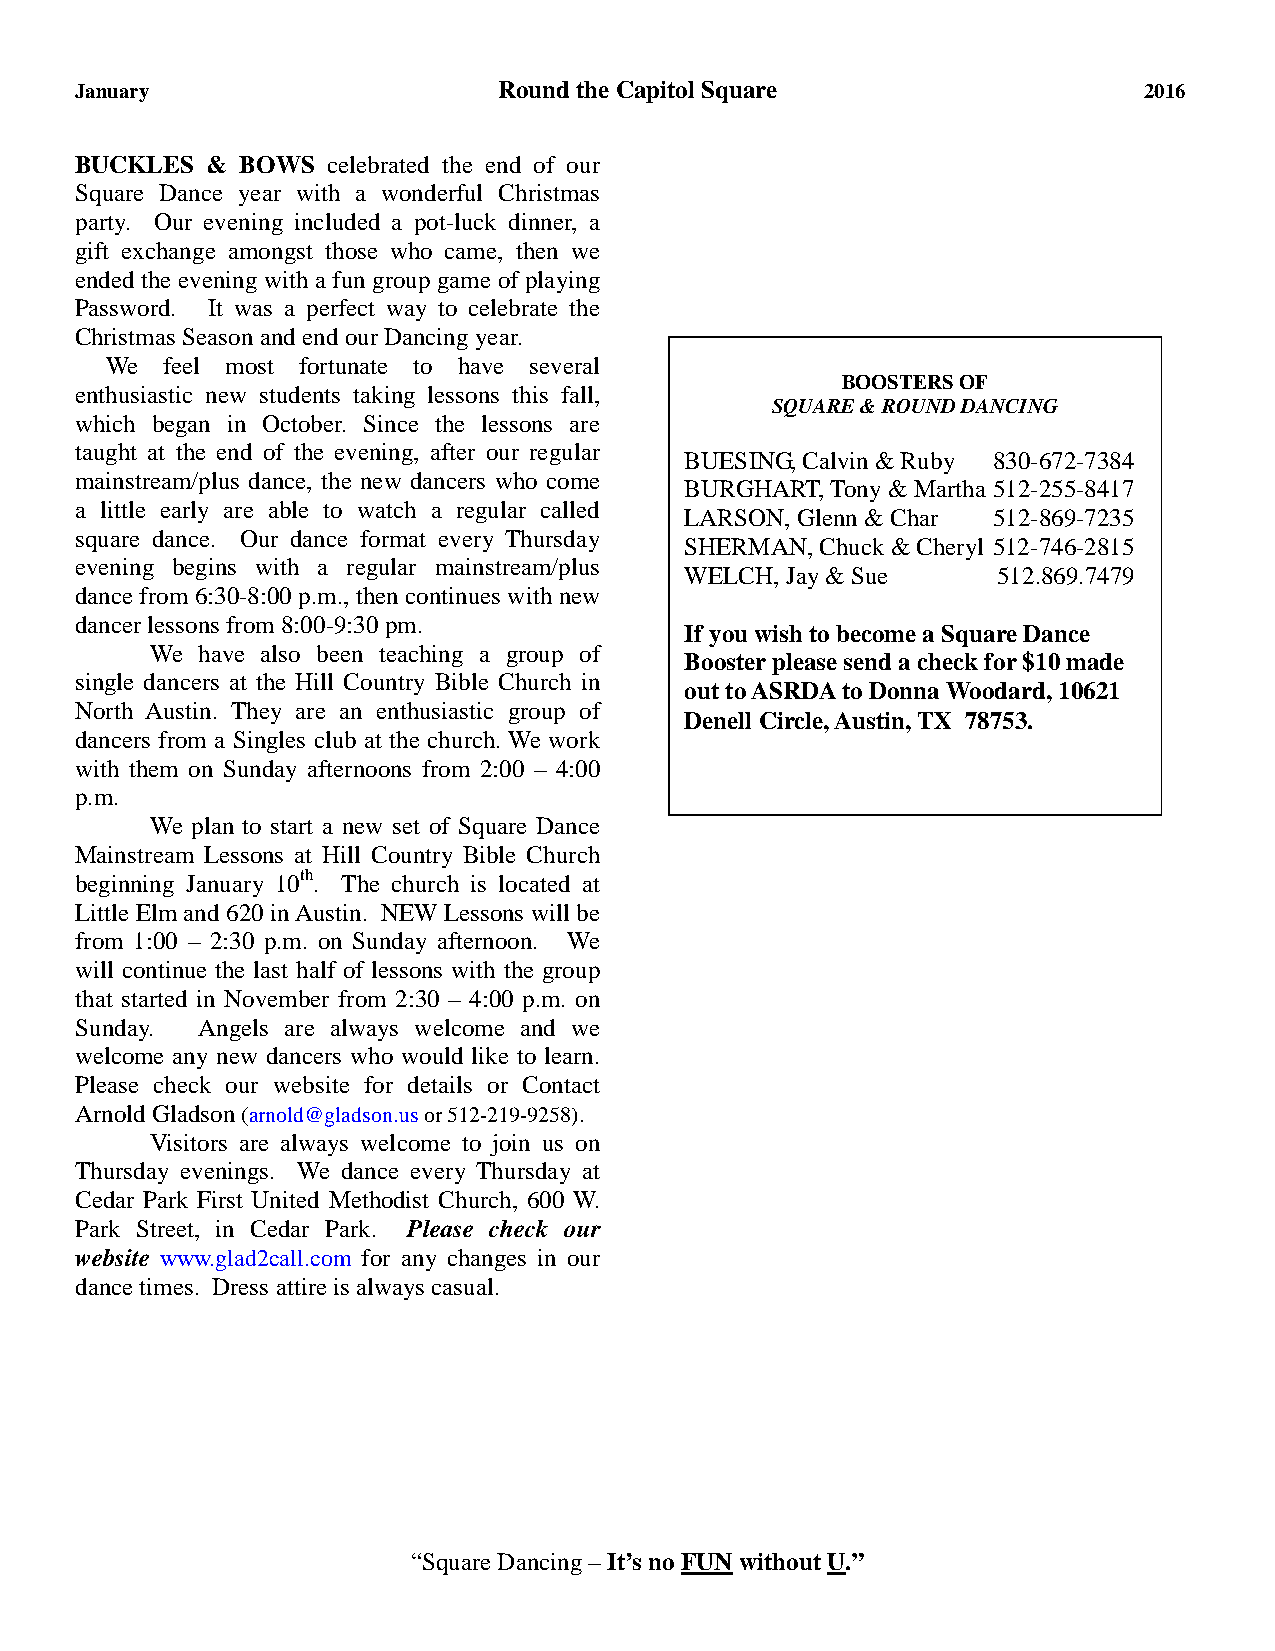
January                     Round the Capitol Square                   2016
 BUCKLES  & BOWS  celebrated the end of our
 Square Dance year with a wonderful Christmas
 party. Our evening included a pot-luck dinner, a
 gift exchange amongst those who came, then we
 ended the evening with a fun group game of playing
 Password. It was a perfect way to celebrate the
 Christmas Season and end our Dancing year.
 We  feel most fortunate to have several
 BOOSTERS OF
 enthusiastic new students taking lessons this fall,
 SQUARE & ROUND DANCING
 which began in October. Since the lessons are
 taught at the end of the evening, after our regular
 BUESING, Calvin & Ruby 830-672-7384
 mainstream/plus dance, the new dancers who come
 BURGHART, Tony & Martha 512-255-8417
 a little early are able to watch a regular called
 LARSON, Glenn & Char 512-869-7235
 square dance. Our dance format every Thursday
 SHERMAN, Chuck & Cheryl 512-746-2815
 evening begins with a regular mainstream/plus
 WELCH, Jay & Sue     512.869.7479
 dance from 6:30-8:00 p.m., then continues with new
 dancer lessons from 8:00-9:30 pm.
 If you wish to become a Square Dance
 We have also been teaching a group of
 Booster please send a check for $10 made
 single dancers at the Hill Country Bible Church in
 out to ASRDA to Donna Woodard, 10621
 North Austin. They are an enthusiastic group of
 Denell Circle, Austin, TX 78753.
 dancers from a Singles club at the church. We work
 with them on Sunday afternoons from 2:00 – 4:00
 p.m.
 We plan to start a new set of Square Dance
 Mainstream Lessons at Hill Country Bible Church
 beginning January 10th. The church is located at
 Little Elm and 620 in Austin. NEW Lessons will be
 from 1:00 – 2:30 p.m. on Sunday afternoon. We
 will continue the last half of lessons with the group
 that started in November from 2:30 – 4:00 p.m. on
 Sunday. Angels are always welcome and we
 welcome any new dancers who would like to learn.
 Please check our website for details or Contact
 Arnold Gladson (arnold@gladson.us or 512-219-9258).
 Visitors are always welcome to join us on
 Thursday evenings. We dance every Thursday at
 Cedar Park First United Methodist Church, 600 W.
 Park Street, in Cedar Park. Please check our
 website www.glad2call.com for any changes in our
 dance times. Dress attire is always casual.
 “Square Dancing – It’s no FUN without U.”